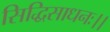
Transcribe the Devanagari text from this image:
सिद्धिसाधनः।।